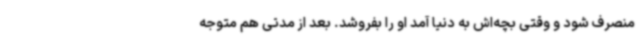
منصرف شود و وقتی بچه‌اش به دنیا آمد او را بفروشد. بعد از مدتی هم متوجه